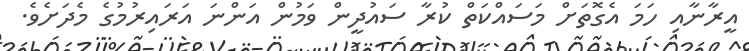
އީރާނާއި ހަމަ އެގޮތަށް މަސައްކަތް ކުރާ ސައުދީން ވަމުން އަންނަ އަރައިރުމުގެ މެދަށެވެ.